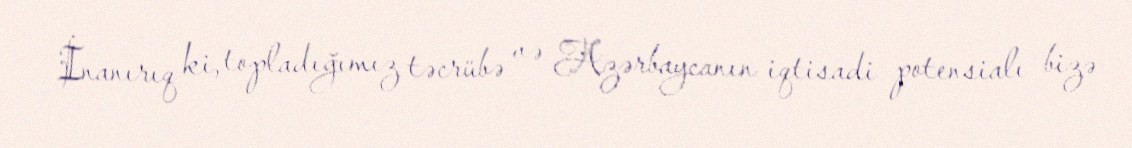
İnanırıq ki, topladığımız təcrübə və Azərbaycanın iqtisadi potensialı bizə